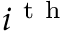
i ^ { \mathrm { ~ t ~ h ~ } }